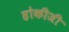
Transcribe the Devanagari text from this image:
होकीजी